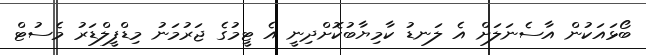
ބޯޅައަކުން އާސެނަލަށް އެ ލަނޑު ކާމިޔާބުކޮށްދިނީ އެ ޓީމުގެ ޖަރުމަނު މިޑްފީލްޑަރު މެސުޓް